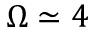
\Omega \simeq 4